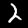
Digit: 2